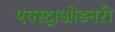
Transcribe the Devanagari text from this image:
एक्स्ट्राओडनरी